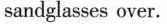
sandglasses over.